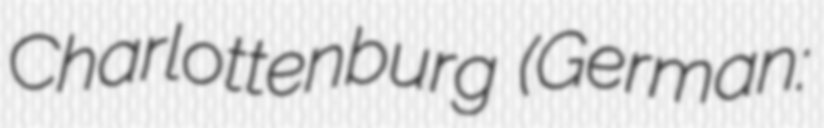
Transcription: Charlottenburg (German: